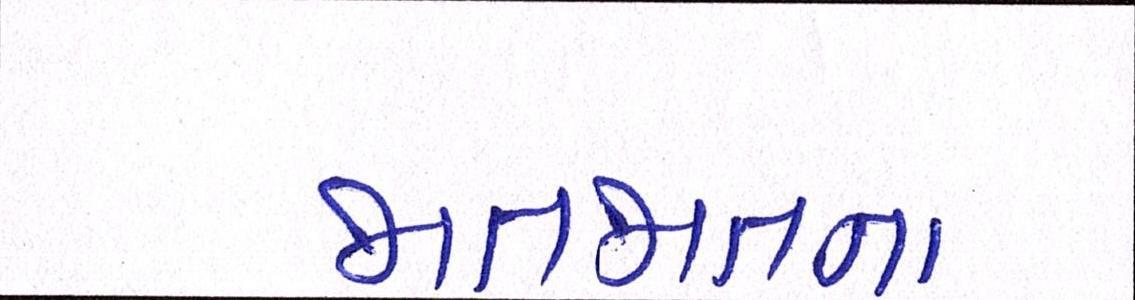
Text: જાતજાતના